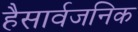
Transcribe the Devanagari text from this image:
हैसार्वजनिक